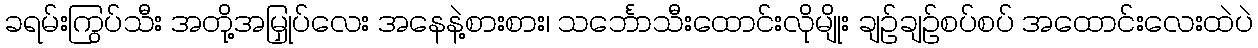
ခရမ်းကြွပ်သီး အတို့အမြှုပ်လေး အနေနဲ့စားစား၊ သင်္ဘောသီးထောင်းလိုမျိုး ချဉ်ချဉ်စပ်စပ် အထောင်းလေးထဲပဲ